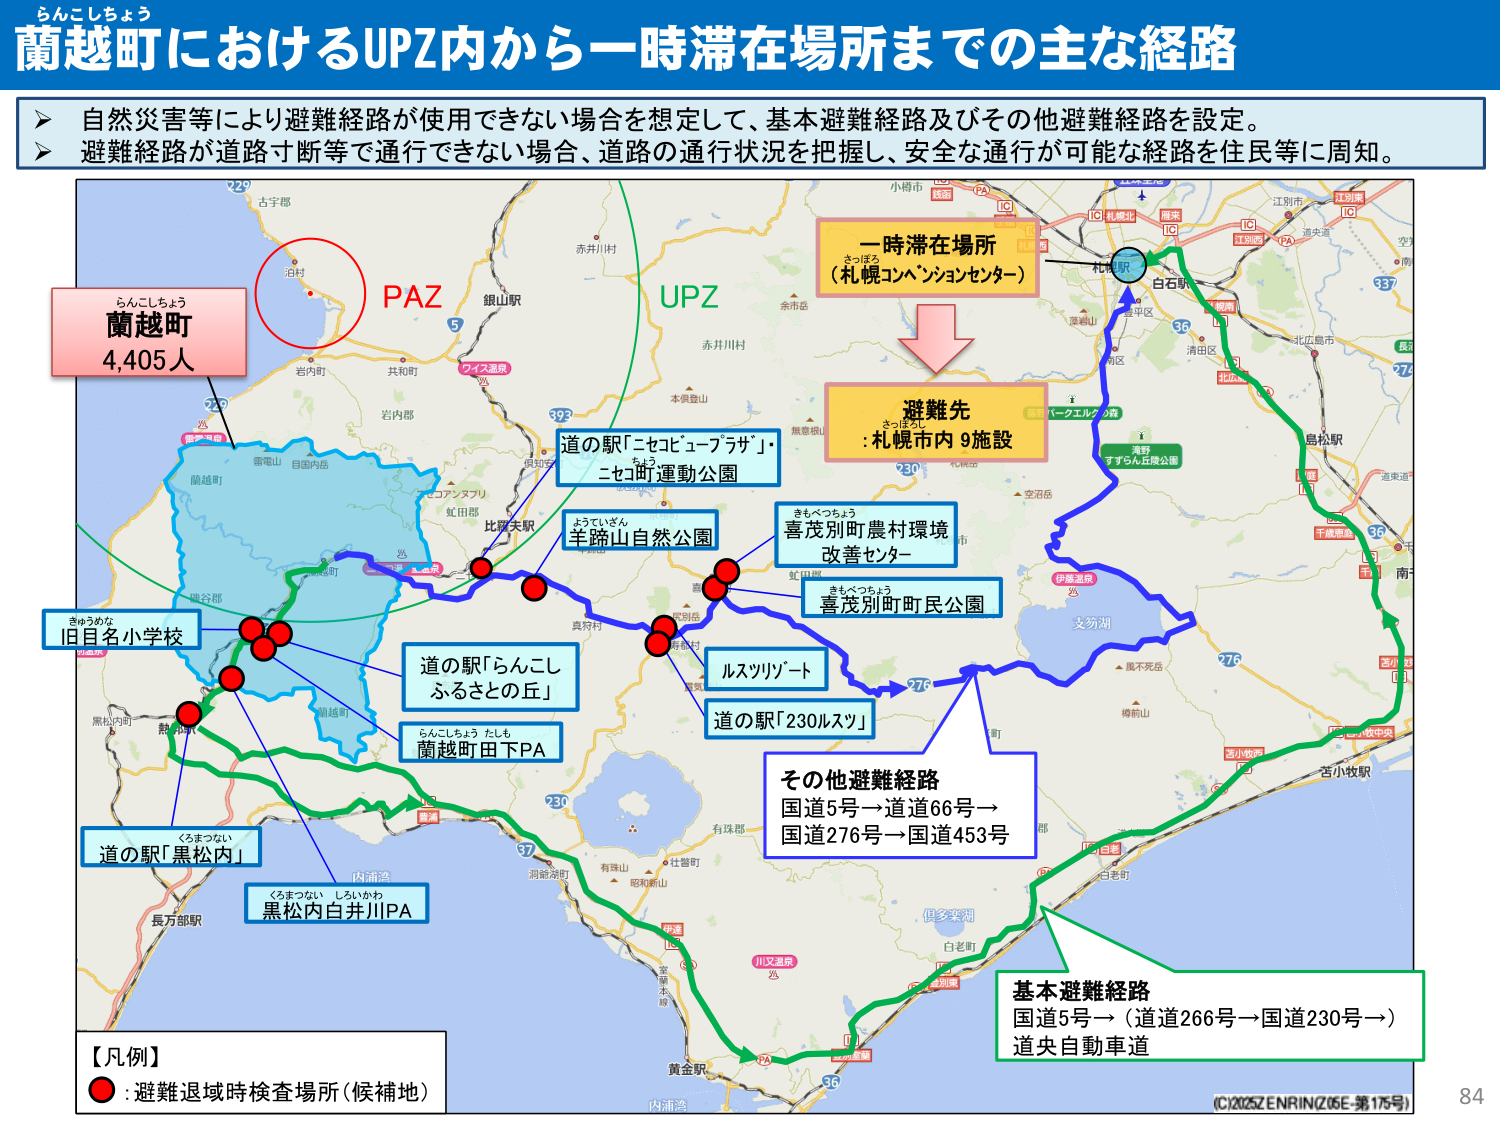
らんこしちょう
蘭越町におけるUPZ内から一時滞在場所までの主な経路

自然災害等により避難経路が使用できない場合を想定して、基本避難経路及びその他避難経路を設定。
避難経路が道路寸断等で通行できない場合、道路の通行状況を把握し、安全な通行が可能な経路を住民等に周知。

らんこしちょう
蘭越町
4,405人

PAZ
UPZ

一時滞在場所
（札幌コンベンションセンター）

避難先
: 札幌市内 9施設

道の駅「ニセコビューブラザ」・
ニセコ町運動公園

ようていざん
羊蹄山自然公園

きもべつちょう
喜茂別町農村環境
改善センター

きもべつちょう
喜茂別町町民公園

ルスツリゾート

道の駅「230ルスツ」

道の駅「らんこし
ふるさとの丘」

らんこしちょう たも
蘭越町田下PA

きゅうめな
旧目名小学校

くろまつない
道の駅「黒松内」

くろまつない しせいかわ
黒松内白井川PA

その他避難経路
国道5号→道道66号→
国道276号→国道453号

基本避難経路
国道5号→（道道266号→国道230号→）
道央自動車道

【凡例】
● : 避難退域時検査場所（候補地）

(C)2025ZENRIN(205E-第175号)
84